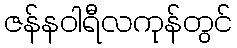
ဇန်နဝါရီလကုန်တွင်